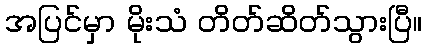
အပြင်မှာ မိုးသံ တိတ်ဆိတ်သွားပြီ။